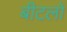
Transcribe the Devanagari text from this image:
बीटलों